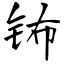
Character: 钸